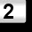
Digit: 2